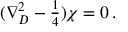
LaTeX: ( \nabla _ { D } ^ { 2 } - { \textstyle \frac { 1 } { 4 } } ) \chi = 0 \, .